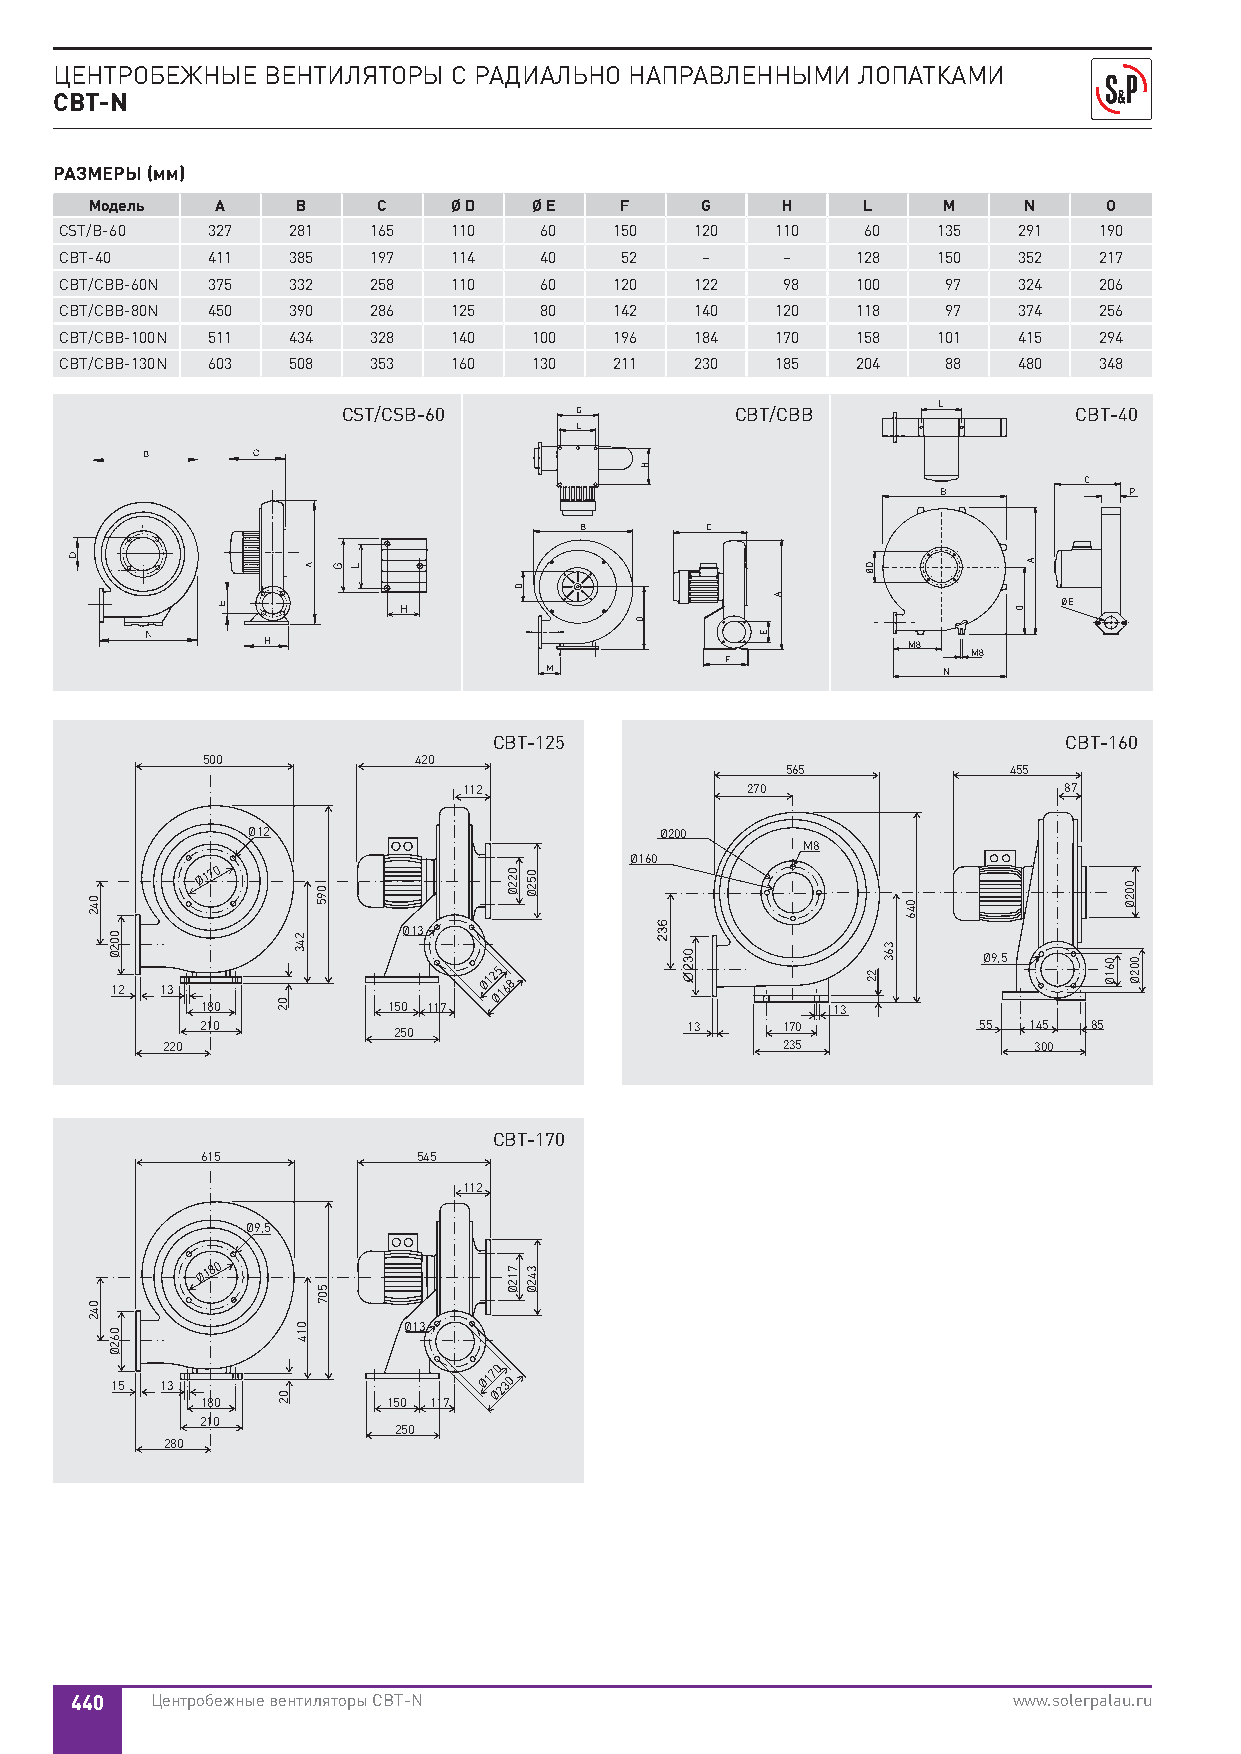
ЦЕНТРОБЕЖНЫЕ ВЕНТИЛЯТОРЫ  С РАДИАЛЬНО НАПРАВЛЕННЫМИ  ЛОПАТКАМИ
 CBT-N
 РАЗМЕРЫ (мм)
 Модель  A     B    C    Ø D  Ø E   F    G     H    L    M     N    O
 CST/B-60  327  281  165   110   60   150  120  110   60   135  291   190
 CBT-40    411  385  197   114   40   52   –     –    128  150  352   217
 CBT/CBB-60N 375 332 258   110   60   120  122   98   100  97   324   206
 CBT/CBB-80N 450 390 286   125   80   142  140  120   118  97   374   256
 CBT/CBB-100N 511 434 328  140  100   196  184  170   158  101  415   294
 CBT/CBB-130N 603 508 353  160  130   211  230  185   204  88   480   348
 CST/CSB-60     G          CBT/CBB      L        CBT-40
 L
 C
 B            P
 B        C
 H                                           ØE
 M8
 M8
 F
 M                         N
 CBT-125                              CBT-160
 500           420
 565            455
 112               270                  87
 Ø12                         Ø200
 M8
 Ø160
 Ø170
 Ø13
 Ø9,5
 12  13
 Ø12 Ø5
 168
 180          150 117                      13
 210          250                13     170          55 145 85
 220                                      235             300
 CBT-170
 615            545
 112
 Ø9,5
 Ø180
 Ø13
 15  13
 Ø17 Ø0
 230
 180          150 117
 210
 250
 280
 440  Центробежные вентиляторы CBT-N                           www.solerpalau.ru
 042
 042
 002Ø
 062Ø
 02
 02
 243
 014
 095
 507
 G L
 022Ø
 712Ø
 D
 052Ø
 342Ø
 H
 O
 E
 A
 DØ
 22
 363
 046
 O
 A
 061Ø
 002Ø
 002Ø